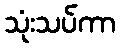
သုံးသပ်ကာ